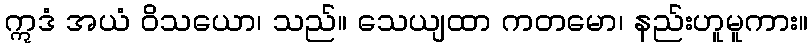
ဣဒံ အယံ ဝိသယော၊ သည်။ သေယျထာ ကတမော၊ နည်းဟူမူကား။